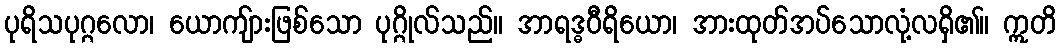
ပုရိသပုဂ္ဂလော၊ ယောကျ်ားဖြစ်သော ပုဂ္ဂိုလ်သည်။ အာရဒ္ဓဝီရိယော၊ အားထုတ်အပ်သောလုံ့လရှိ၏။ ဣတိ